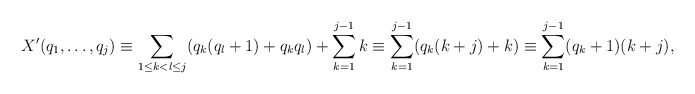
\begin{align*}X'(q_1,\ldots,q_j)\equiv\sum\limits_{1\leq k<l\leq j} (q_k(q_l+1)+q_kq_l )+\sum_{k=1}^{j-1} k\equiv\sum\limits_{k=1}^{j-1} (q_k(k+j)+k)\equiv\sum\limits_{k=1}^{j-1}(q_k+1)(k+j),\end{align*}